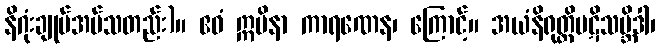
နိဂုံးချုပ်အပ်သတည်း)။ ဧဝံ ဣမိနာ ကာရဏေန၊ ကြောင့်။ အယံနိရုတ္တိပဋိသမ္ဘိဒါ၊